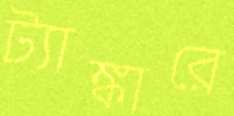
ট্যাঙ্কারে